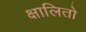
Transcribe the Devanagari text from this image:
क्षालितो